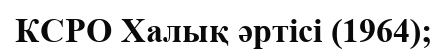
КСРО Халық әртісі (1964);